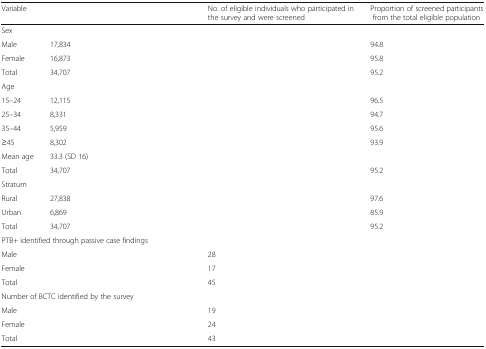
<table><thead><tr><td><b>Variable</b></td><td>[EMPTY_CELL]</td><td><b>No. of eligible individuals who participated in the survey and were screened</b></td><td><b>Proportion of screened participants from the total eligible population</b></td></tr></thead><tbody><tr><td colspan="4">Sex</td></tr><tr><td>Male</td><td>17,834</td><td>[EMPTY_CELL]</td><td>94.8</td></tr><tr><td>Female</td><td>16,873</td><td>[EMPTY_CELL]</td><td>95.8</td></tr><tr><td>Total</td><td>34,707</td><td>[EMPTY_CELL]</td><td>95.2</td></tr><tr><td colspan="4">Age</td></tr><tr><td>15–24</td><td>12,115</td><td>[EMPTY_CELL]</td><td>96.5</td></tr><tr><td>25–34</td><td>8,331</td><td>[EMPTY_CELL]</td><td>94.7</td></tr><tr><td>35–44</td><td>5,959</td><td>[EMPTY_CELL]</td><td>95.6</td></tr><tr><td>≥45</td><td>8,302</td><td>[EMPTY_CELL]</td><td>93.9</td></tr><tr><td>Mean age</td><td>33.3 (SD 16)</td><td>[EMPTY_CELL]</td><td>[EMPTY_CELL]</td></tr><tr><td>Total</td><td>34,707</td><td>[EMPTY_CELL]</td><td>95.2</td></tr><tr><td colspan="4">Stratum</td></tr><tr><td>Rural</td><td>27,838</td><td>[EMPTY_CELL]</td><td>97.6</td></tr><tr><td>Urban</td><td>6,869</td><td>[EMPTY_CELL]</td><td>85.9</td></tr><tr><td>Total</td><td>34,707</td><td>[EMPTY_CELL]</td><td>95.2</td></tr><tr><td colspan="4">PTB+ identified through passive case findings</td></tr><tr><td colspan="2">Male</td><td>28</td><td>[EMPTY_CELL]</td></tr><tr><td colspan="2">Female</td><td>17</td><td>[EMPTY_CELL]</td></tr><tr><td colspan="2">Total</td><td>45</td><td>[EMPTY_CELL]</td></tr><tr><td colspan="4">Number of BCTC identified by the survey</td></tr><tr><td colspan="2">Male</td><td>19</td><td>[EMPTY_CELL]</td></tr><tr><td colspan="2">Female</td><td>24</td><td>[EMPTY_CELL]</td></tr><tr><td colspan="2">Total</td><td>43</td><td>[EMPTY_CELL]</td></tr></tbody></table>